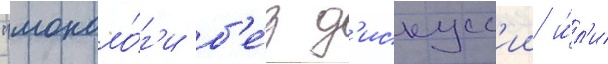
"моноло́г'и б'е́з д'искусс'ии и́л'и